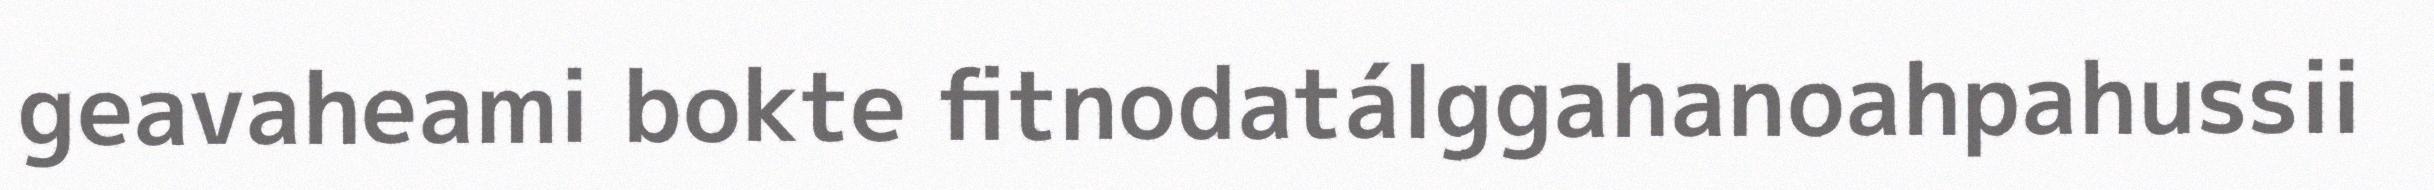
geavaheami bokte fitnodatálggahanoahpahussii